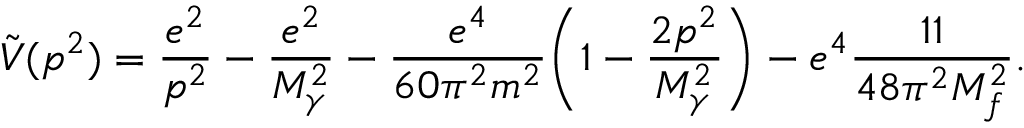
\tilde { V } ( p ^ { 2 } ) = \frac { e ^ { 2 } } { p ^ { 2 } } - \frac { e ^ { 2 } } { M _ { \gamma } ^ { 2 } } - \frac { e ^ { 4 } } { 6 0 \pi ^ { 2 } m ^ { 2 } } \biggl ( 1 - \frac { 2 p ^ { 2 } } { M _ { \gamma } ^ { 2 } } \biggr ) - e ^ { 4 } \frac { 1 1 } { 4 8 \pi ^ { 2 } M _ { f } ^ { 2 } } .